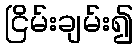
ငြိမ်းချမ်း၍